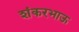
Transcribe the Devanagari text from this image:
शंकरभाऊ